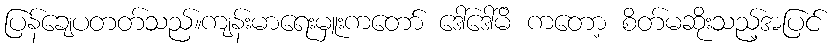
ပြန်ချေပတတ်သည်။ကျန်းမာရေးမှူးကတော် ဒေါ်ဒေါ်မိ ကတော့ စိတ်မဆိုးသည့်အပြင်